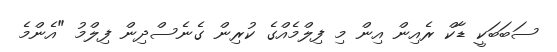
ސަބަބަކީ ޑާކް ރެއިން އިން މި ފިލްމެއްގެ ކުރިން ގެނެސްދިން ފިލްމު "އެންމެ